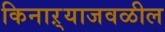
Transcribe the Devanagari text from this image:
किनाऱ्‍याजवळील